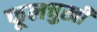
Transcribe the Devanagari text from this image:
फूलचुखी